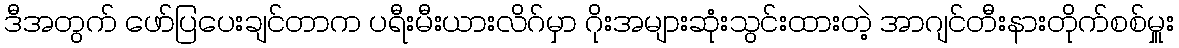
ဒီအတွက် ဖော်ပြပေးချင်တာက ပရီးမီးယားလိဂ်မှာ ဂိုးအများဆုံးသွင်းထားတဲ့ အာဂျင်တီးနားတိုက်စစ်မှူး